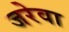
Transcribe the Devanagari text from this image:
जरेवा